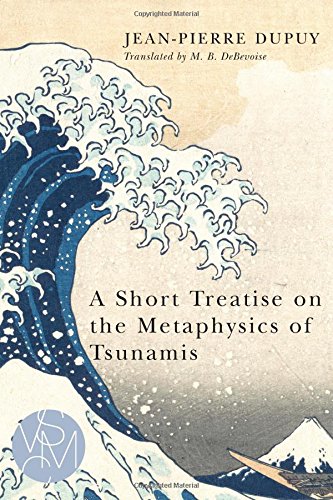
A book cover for A Short Treatise on the Metaphysics of Tsunamis (Studies in Violence, Mimesis, & Culture); Jean-Pierre Dupuy; Politics & Social Sciences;